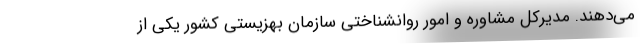
می‌دهند. مدیرکل مشاوره و امور روانشناختی سازمان بهزیستی کشور یکی از